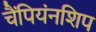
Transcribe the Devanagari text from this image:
चैंपियंनशिप